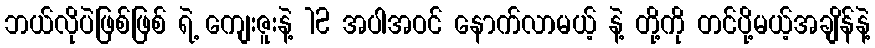
ဘယ်လိုပဲဖြစ်ဖြစ် ရဲ့ ကျေးဇူးနဲ့ 12 အပါအဝင် နောက်လာမယ့် နဲ့ တို့ကို တင်ပို့မယ့်အချိန်နဲ့